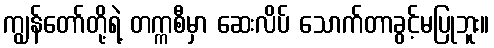
ကျွန်တော်တို့ရဲ့ တက္ကစီမှာ ဆေးလိပ် သောက်တာခွင့်မပြုဘူး။